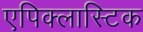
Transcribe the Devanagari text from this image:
एपिक्लास्टिक